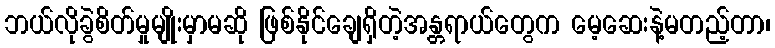
ဘယ်လိုခွဲစိတ်မှုမျိုးမှာမဆို ဖြစ်နိုင်ချေရှိတဲ့အန္တရာယ်တွေက မေ့ဆေးနဲ့မတည့်တာ၊